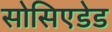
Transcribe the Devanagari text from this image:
सोसिएडेड